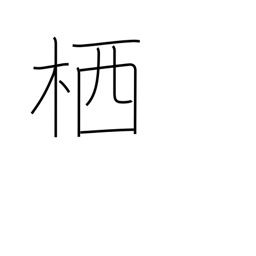
Meaning: hive